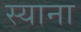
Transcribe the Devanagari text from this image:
स्‍याना